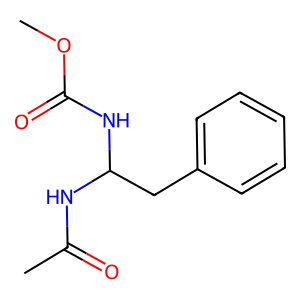
SMILES: COC(=O)NC(Cc1ccccc1)NC(C)=O
Inhibits HIV replication: No